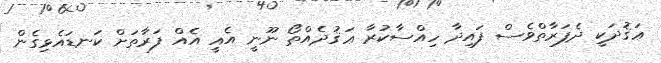
ޢަޤުދަކީ ދެފަރާތްވެސް ފައިދާ ހިއްސާކުރާ ޢަޤުދެއްތޯ ނޫނީ އެއީ އެއް ފަރާތަށް ކަނޑައެޅިގެން